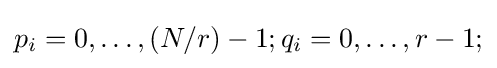
p_{i}=0,\ldots ,(N/r)-1;q_{i}=0,\ldots ,r-1;